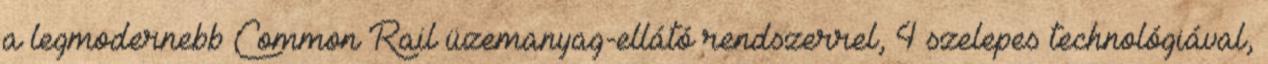
a legmodernebb Common Rail üzemanyag-ellátó rendszerrel, 4 szelepes technológiával,